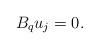
LaTeX: \begin{align*}B_q u_j=0.\end{align*}